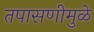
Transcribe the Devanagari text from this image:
तपासणीमुळे